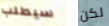
سيطلب لكن